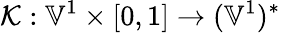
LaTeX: \mathcal{K}:\mathbb{V}^{1}\times[0,1]\to(\mathbb{V}^{1})^{*}